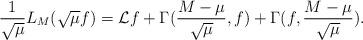
LaTeX: \begin{align*}\frac{1}{\sqrt{\mu}}L_{M}(\sqrt{\mu}f)=\mathcal{L}f+\Gamma(\frac{M-\mu}{\sqrt{\mu}},f)+\Gamma(f,\frac{M-\mu}{\sqrt{\mu}}).\end{align*}